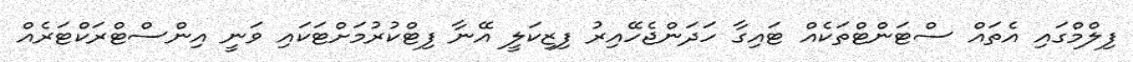
ފިލްމްގައި އެތައް ސްޓަންޓްތަކެއް ޓައިގާ ހަދަންޖެހޭއިރު ފިޒިކަލީ އޭނާ ފިޓްކުރުމަށްޓަކައި ވަނީ އިންސްޓްރަކްޓަރެއް